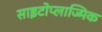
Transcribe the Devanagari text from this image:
साइटोप्लाज्मिक